Vaccination in Bombay 1889-1901 - 1889-1901
Year: 1889
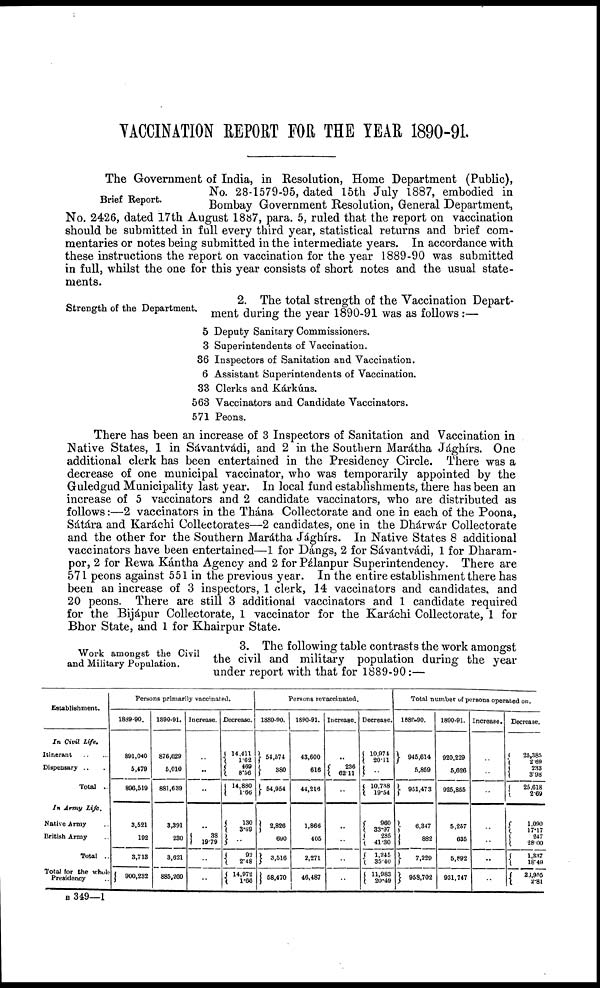
VACCINATION REPORT FOR THE YEAR 1890-91.
Brief Report.
The Government of India, in Resolution, Home Department (Public),
No. 28-1579-95, dated 15th July 1887, embodied in
Bombay Government Resolution, General Department,
No. 2426, dated 17th August 1887, para. 5, ruled that the report on vaccination
should be submitted in full every third year, statistical returns and brief com-
mentaries or notes being submitted in the intermediate years. In accordance with
these instructions the report on vaccination for the year 1889-90 was submitted
in full, whilst the one for this year consists of short notes and the usual state-
ments.
Strength of the Department.
2. The total strength of the Vaccination Depart-
ment during the year 1890-91 was as follows:—
5 Deputy Sanitary Commissioners.
3 Superintendents of Vaccination.
36 Inspectors of Sanitation and Vaccination.
6 Assistant Superintendents of Vaccination.
33 Clerks and Kárkúns.
563 Vaccinators and Candidate Vaccinators.
571 Peons.
There has been an increase of 3 Inspectors of Sanitation and Vaccination in
Native States, 1 in Sávantvádi, and 2 in the Southern Marátha Jághírs. One
additional clerk has been entertained in the Presidency Circle. There was a
decrease of one municipal vaccinator, who was temporarily appointed by the
Guledgud Municipality last year. In local fund establishments, there has been an
increase of 5 vaccinators and 2 candidate vaccinators, who are distributed as
follows:—2 vaccinators in the Thána Collectorate and one in each of the Poona,
Sátára and Karáchi Collectorates—2 candidates, one in the Dhárwár Collectorate
and the other for the Southern Marátha Jághírs. In Native States 8 additional
vaccinators have been entertained—1 for Dángs, 2 for Sávantvádi, 1 for Dharam¬
por, 2 for Rewa Kántha Agency and 2 for Pálanpur Superintendency. There are
571 peons against 551 in the previous year. In the entire establishment there has
been an increase of 3 inspectors, 1 clerk, 14 vaccinators and candidates, and
20 peons. There are still 3 additional vaccinators and 1 candidate required
for the Bijápur Collectorate, 1 vaccinator for the Karáchi Collectorate, 1 for
Bhor State, and 1 for Khairpur State.
Work amongst the Civil
and Military Population.
3. The following table contrasts the work amongst
the civil and military population during the year
under report with that for 1889-90:—
Establishment.
In Civil
Life.
Itinerant
.. ...
Dispensary .. .
Total ..
In Army
Life.
Native Army ..
British Army ..
Total ..
Total for the whole
Presidency ..
Persons primarily vaccinated.
1889-90.
891,040
5,479
806,519
3,521
192
3,713
900,232
1890-91.
876,629
5,010
881,639
3,391
230
3,621
885,260
Increase.
..
..
..
..
38
19.79
..
..
Decrease.
14,411
1.62
469
8.56
14,880
1.66
130
3.69
..
92
2.48
14,972
1.66
Persons revaccinated.
1880-90.
54,574
380
54,954
2,826
690
3,516
58,470
1890-91.
43,600
616
44,216
1,866
405
2,271
46,487
Increase.
..
236
62.11
..
..
..
..
..
Decrease.
10,974
20.11
..
10,738
19.54
960
33.97
285
41.30
1,245
35.40
11,983
20.49
Total number of persons operated on.
1889-90.
945,614
5,859
951,473
6,347
882
7,229
958,702
1890-91.
920,229
5,626
925,855
5,257
635
5,892
931,747
Increase.
..
..
..
..
..
..
..
Decrease.
25,385
2.69
233
3.98
25,618
2.69
1,090
17.17
247
28.00
1,337
18.49
26,955
2.81
B 349—1